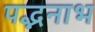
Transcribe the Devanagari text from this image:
पद्भनाभ